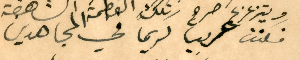
فكنت غريبا كريماً في المجاهدين